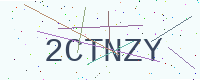
Text: 2CTNZY